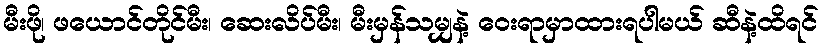
မီးဖို၊ ဖယောင်တိုင်မီး၊ ဆေးလိပ်မီး၊ မီးမှန်သမျှနဲ့ ဝေးရာမှာထားရပါမယ် ဆီနဲ့ထိရင်